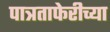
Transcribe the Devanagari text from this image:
पात्रताफेरीच्या